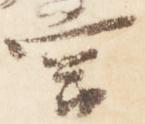
宮